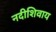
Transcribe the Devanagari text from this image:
नदीशिवाय